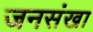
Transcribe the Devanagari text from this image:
जनसंखा